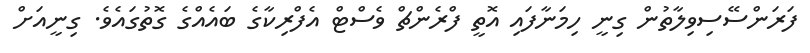
ފަރަންސޭސިވިލާތުން ގިނީ ހިމަނާފައި އޮތީ ފްރެންޗް ވެސްޓް އެފްރިކާގެ ބައެއްގެ ގޮތުގައެވެ. ގިނީއަށް